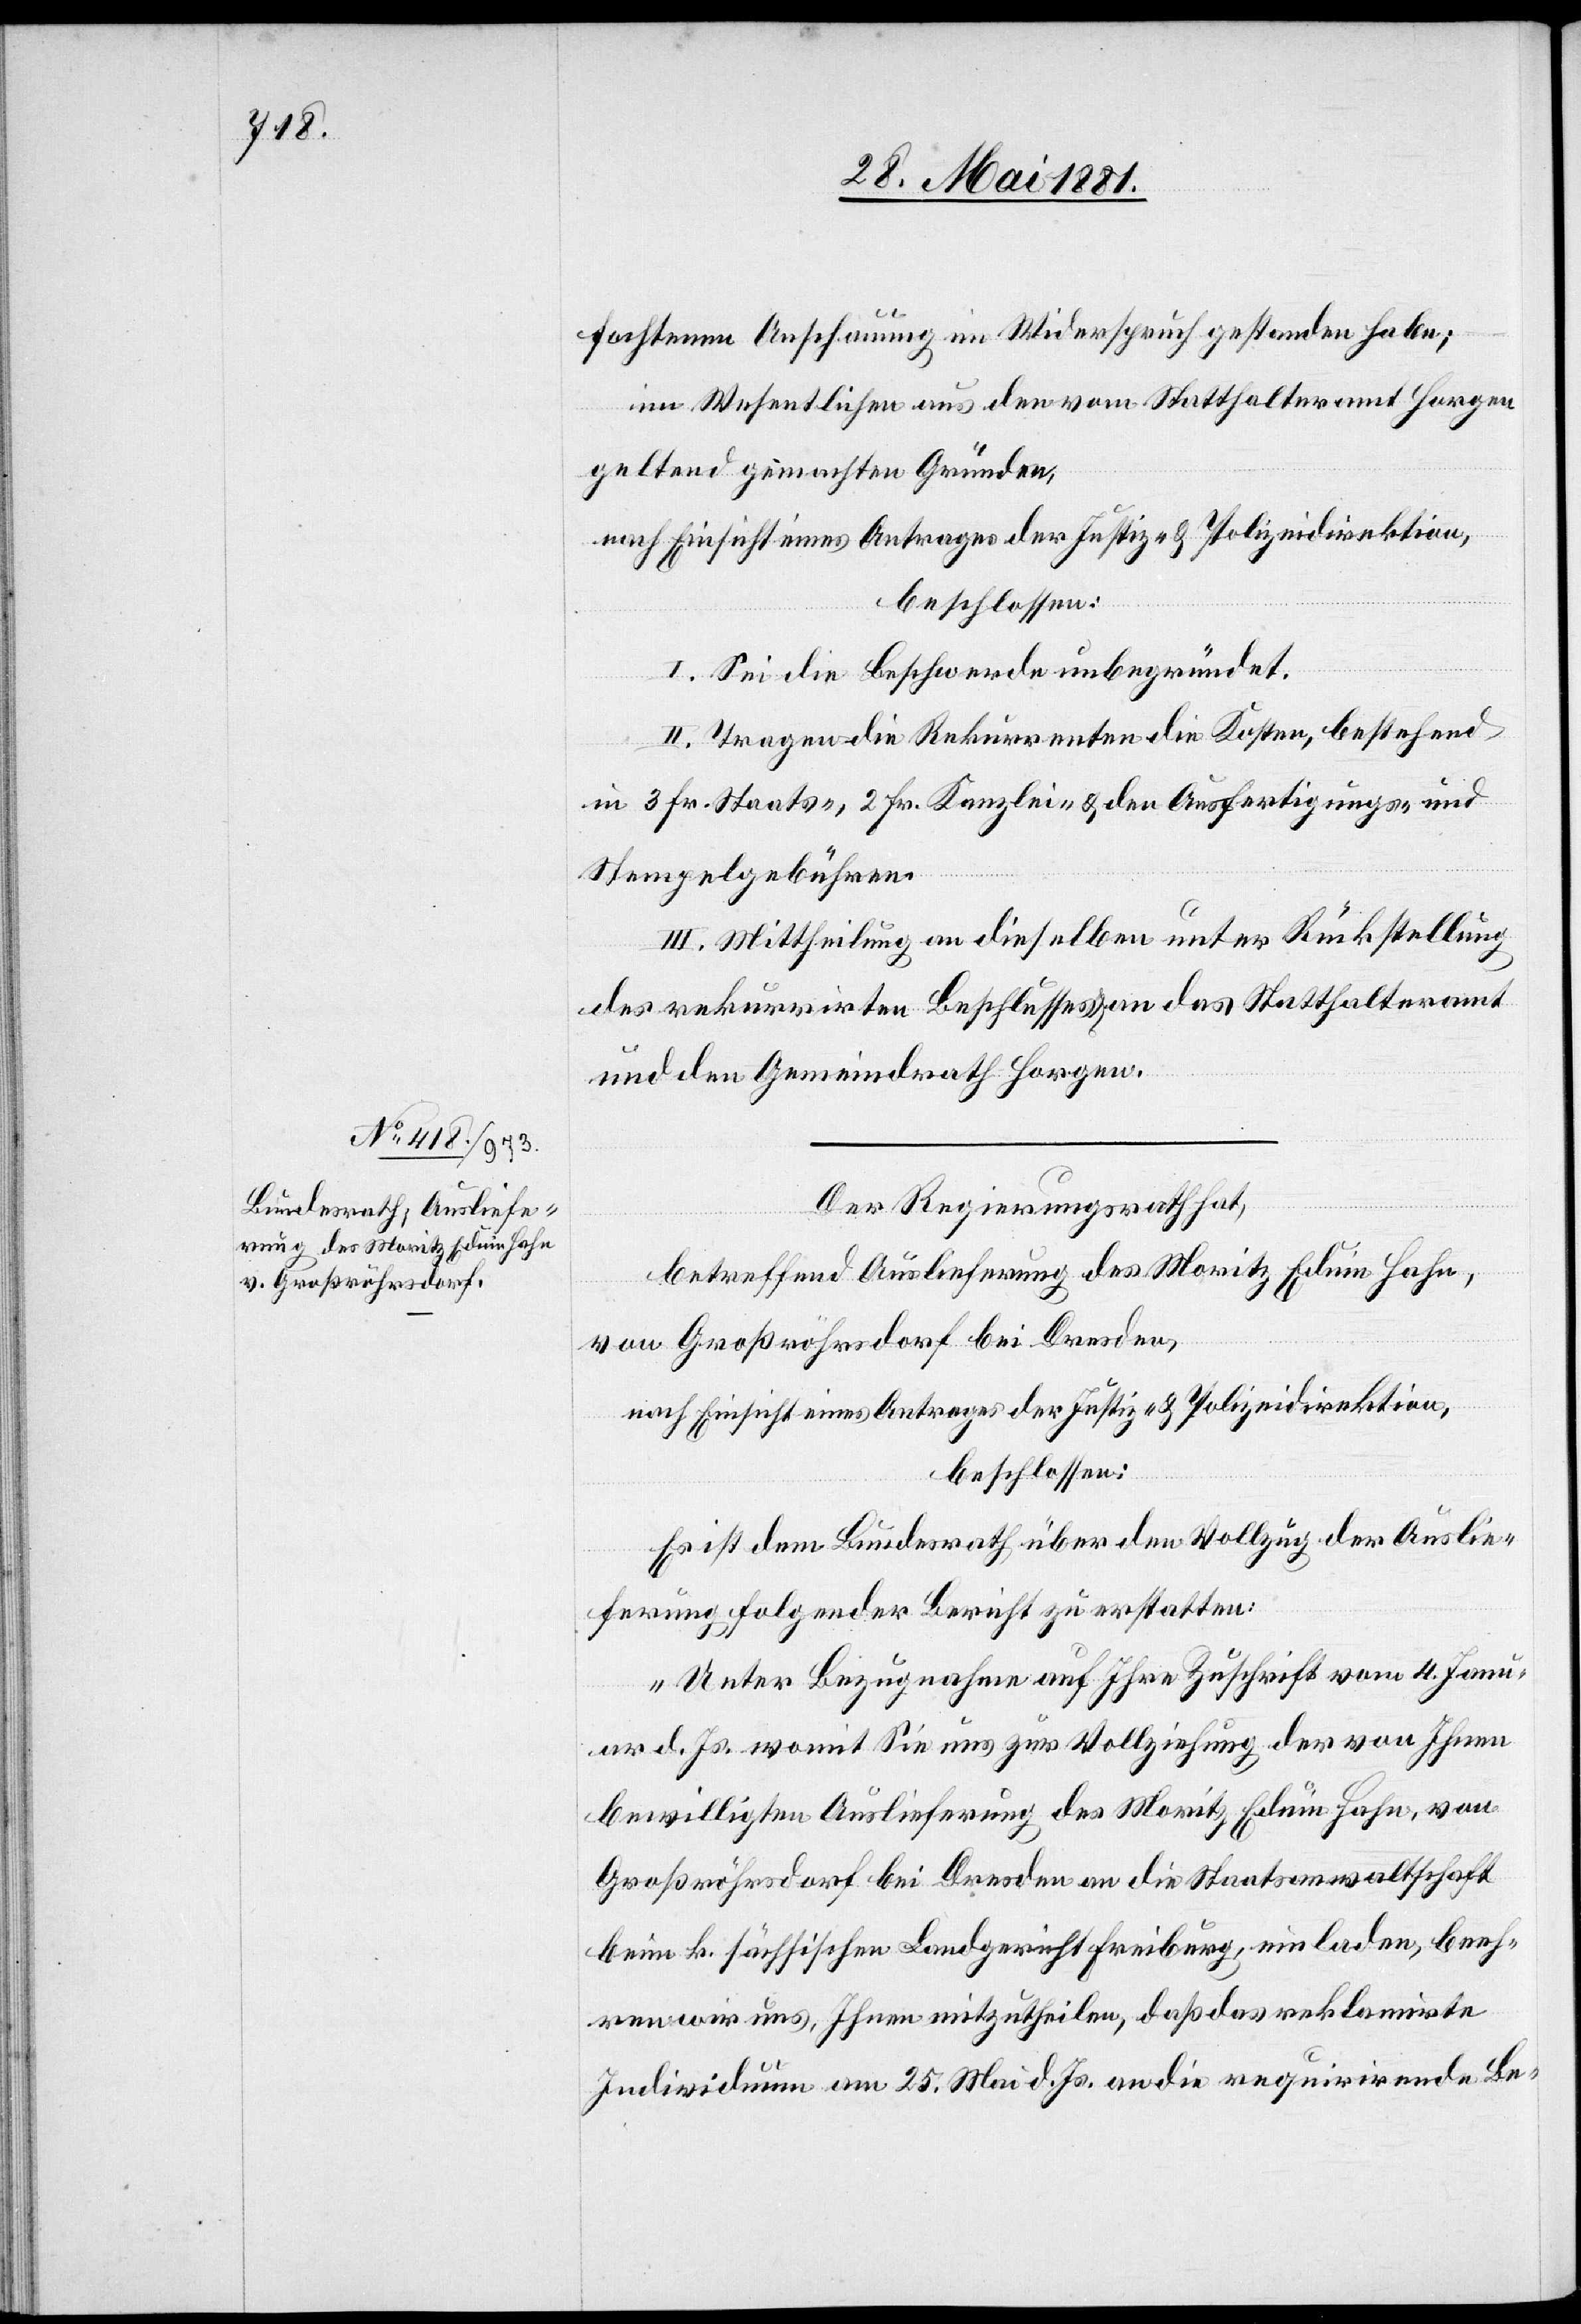
fochtenen Anschauungen im Widerspruch gestanden habe;
im Wesentlichen aus den vom Statthalteramt Horgen
geltend gemachten Gründen,
nach Einsicht eines Antrages der Justiz- & Polizeidirektion,
beschlossen:
I. Sei die Beschwerde unbegründet.
II. Tragen die Rekurrenten die Kosten, bestehend
in 3 Fr. Staats- & 2 Fr. Kanzlei- & den Ausfertigungs- und
Stempelgebühren.
III. Mittheilung an dieselben unter Rückstellung
des rekurrirten Beschlusses an das Statthalteramt
und den Gemeindrath Horgen.
Der Regierungsrath hat,
betreffend Auslieferung des Moritz Eduin Hahn,
von Großröhrsdorf bei Dresden,
nach Einsicht eines Antrages der Justiz- & Polizeidirektion,
beschlossen:
Es ist dem Bundesrath über den Vollzug der Auslie¬
ferung folgender Bericht zu erstatten:
„Unter Bezugnahme auf Ihre Zuschrift vom 4. Janu¬
ar d. Js. womit Sie uns zur Vollziehung der von Ihnen
bewilligten Auslieferung des Moritz Eduin Hahn, von
Großröhrsdorf bei Dresden an die Staatsanwaltschaft
beim k. sächsischen Landgericht Freiburg, einladen, beeh¬
ren wir uns, Ihnen mitzutheilen, daß das reklamirte
Individuum am 25. Mai d. Js. an die requirirende Be-